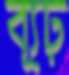
ব্যূঢ়